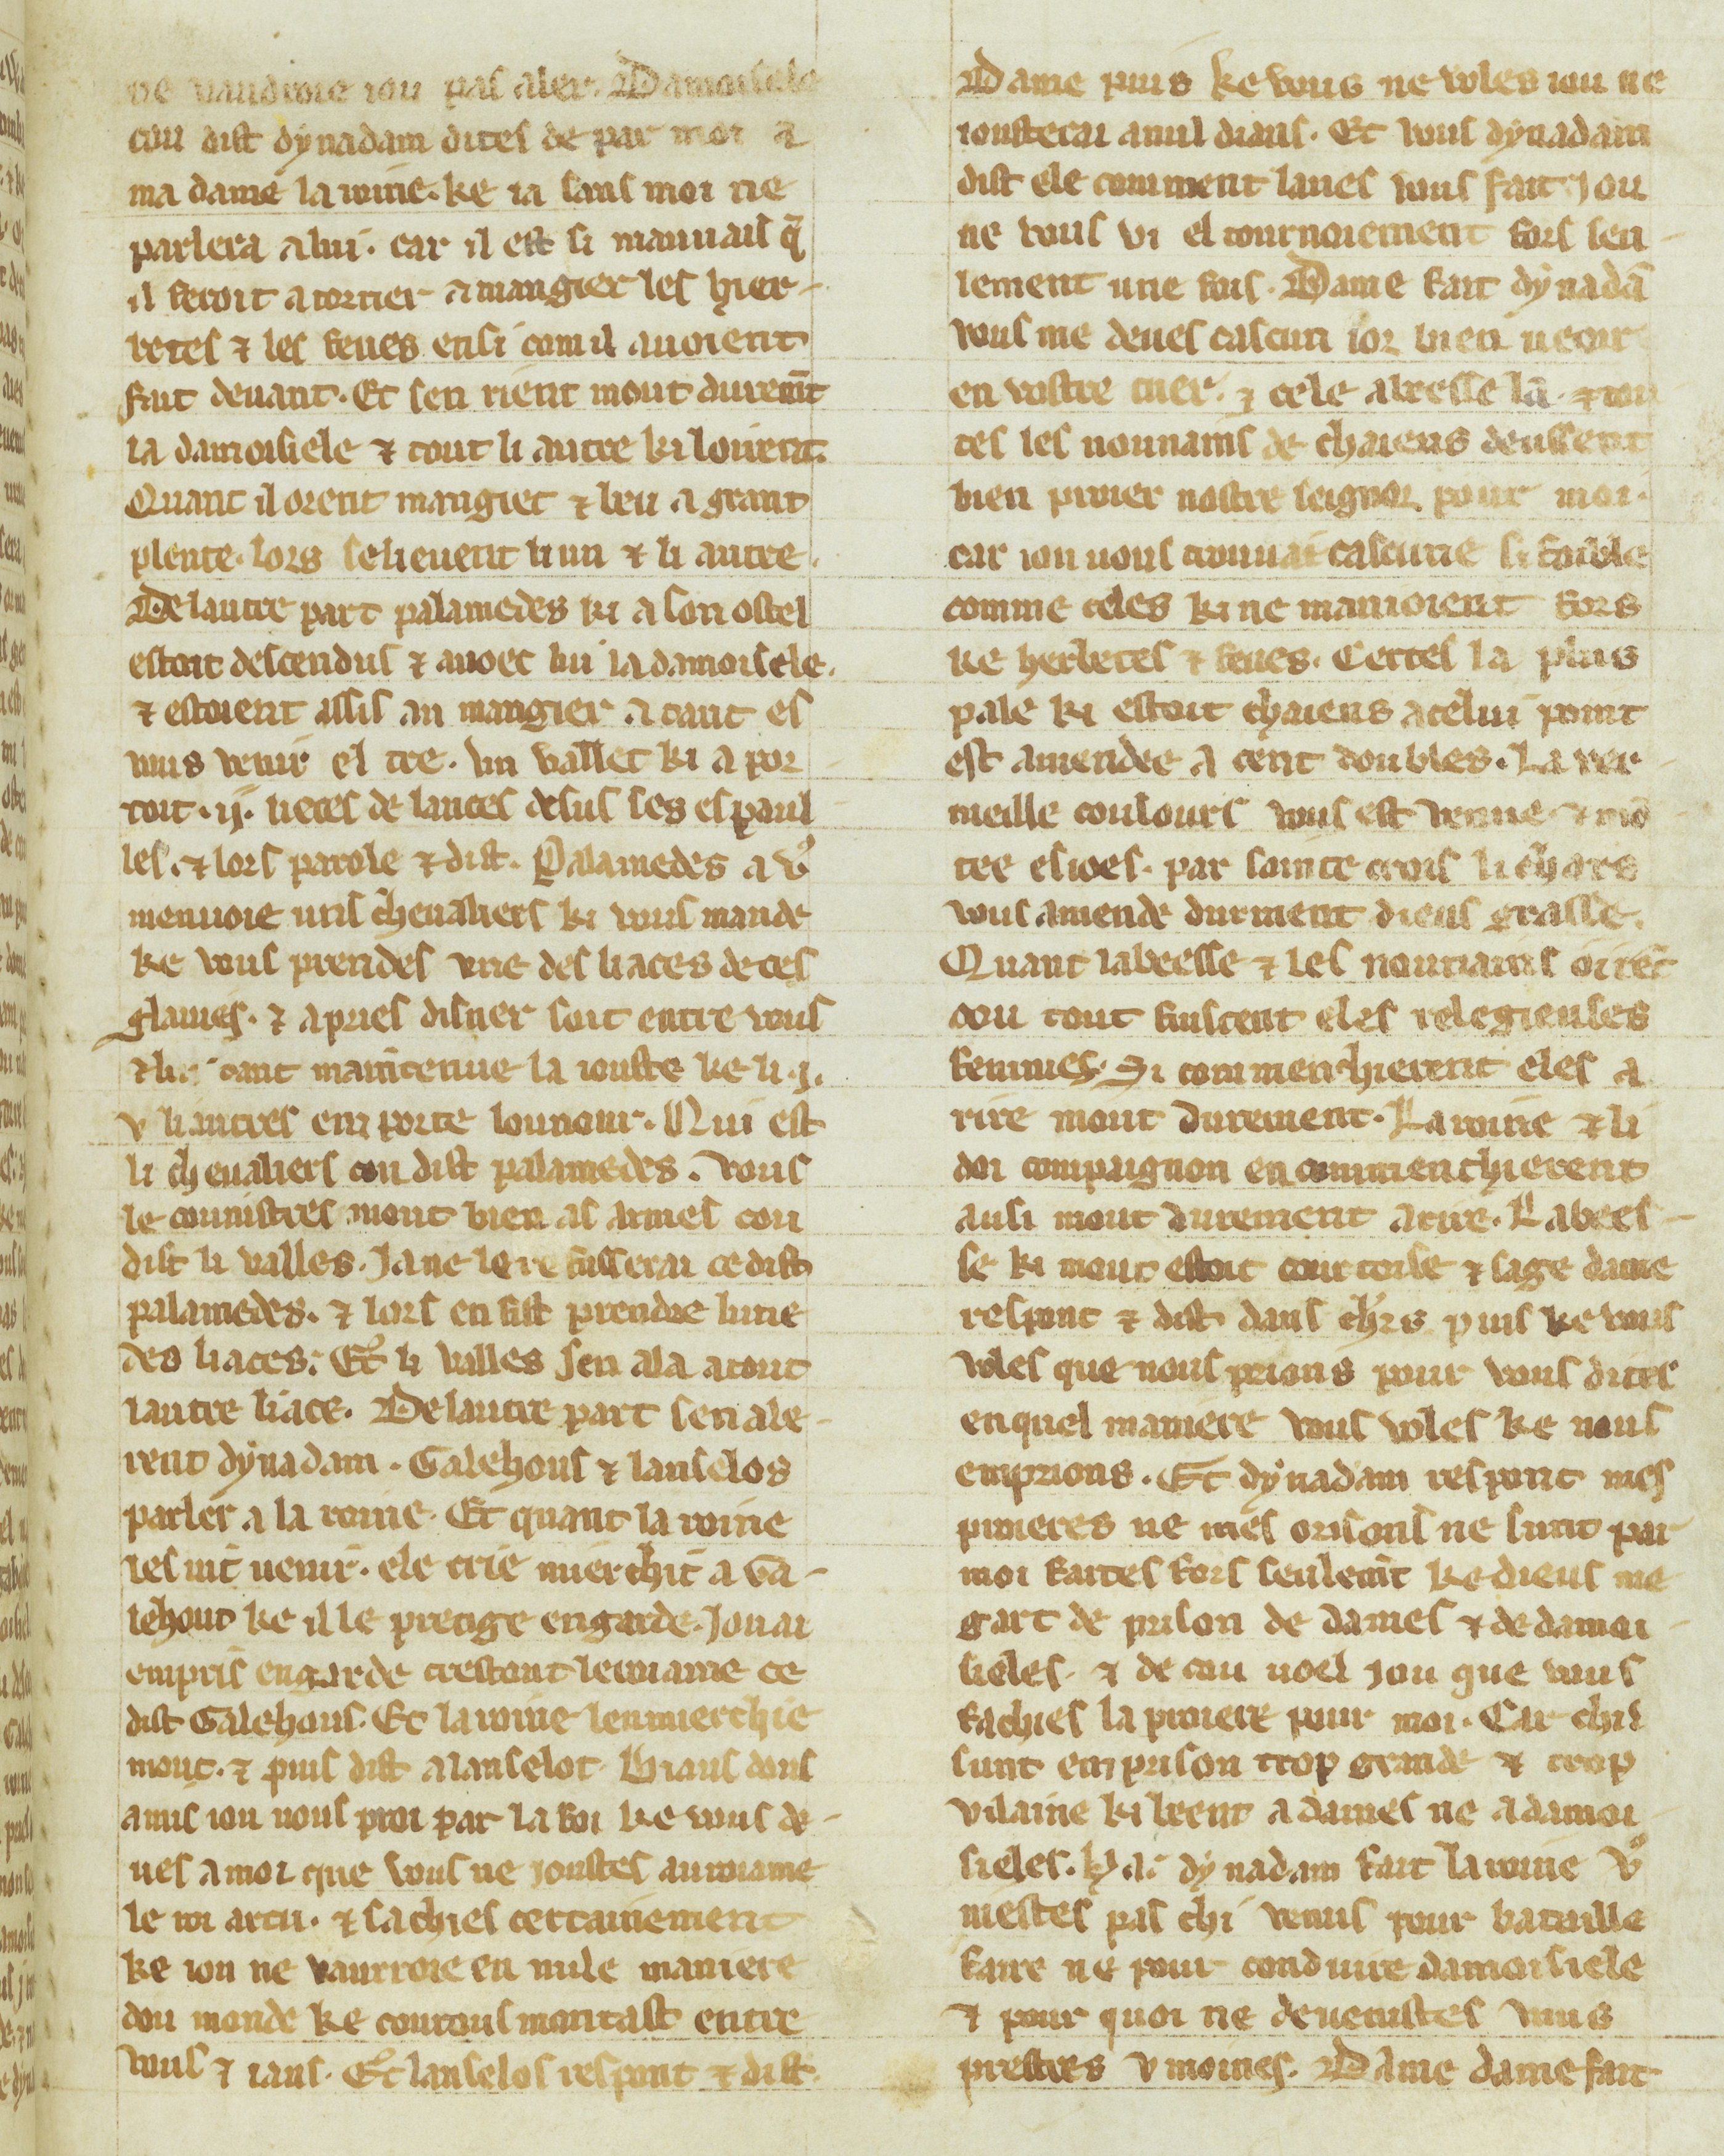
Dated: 1300–1330